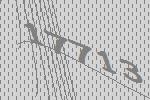
17713